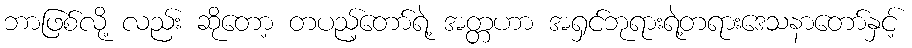
ဘာဖြစ်လို့ လည်း ဆိုတော့ တပည့်တော်ရဲ့ အတ္တဟာ အရှင်ဘုရားရဲ့တရားဒေသနာတော်နှင့်